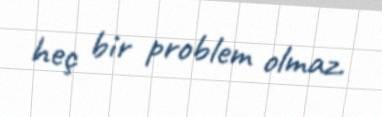
heç bir problem olmaz.